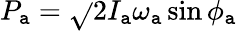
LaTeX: P_{\mathtt{a}}=\sqrt{}{{2I_{\mathtt{a}}\omega_{\mathtt{a}}}}\sin\phi_{\mathtt{a}}